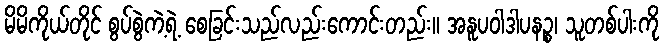
မိမိကိုယ်တိုင် စွပ်စွဲကဲ့ရဲ့ စေခြင်းသည်လည်းကောင်းတည်း။ အနူပဝါဒါပနဉ္စ၊ သူတစ်ပါးကို